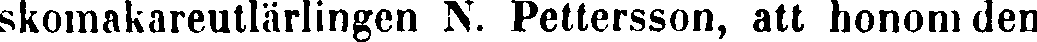
skomakareutlärlingen N. Pettersson, att honom den